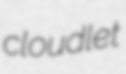
cloudlet